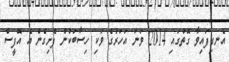
އެނގިފައިވާ ގޮތުގައި 2014 ވަނަ އަހަރުގެ ވަކި ހިސާބަކުން ފެށިގެން އެ އޮފީސް